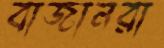
বাজানরা